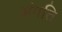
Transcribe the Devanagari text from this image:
अंगति